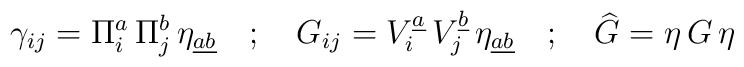
\gamma_{ij} = \Pi^{a}_i \, \Pi^{b}_j \, \eta_{\underline{ab}} \quad  ; \quad G_{ij} = V^{\underline{a}}_i \, V^{\underline{b}}_j \, \eta_{\underline{ab}} \quad  ; \quad \widehat{G} = \eta \, G \, \eta